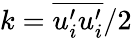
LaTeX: \mathcal{k}=\overline{{u_{i}^{\prime}u_{i}^{\prime}}}/2